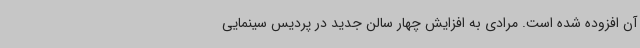
آن افزوده شده است. مرادی به افزایش چهار سالن جدید در پردیس سینمایی